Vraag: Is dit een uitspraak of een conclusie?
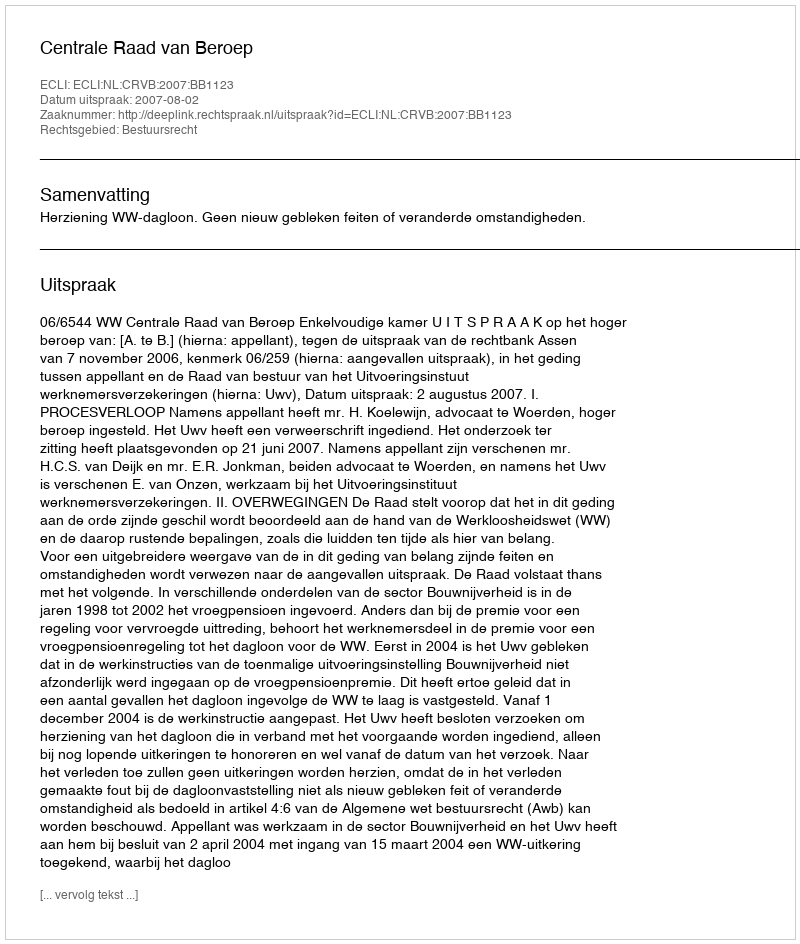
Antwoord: Uitspraak